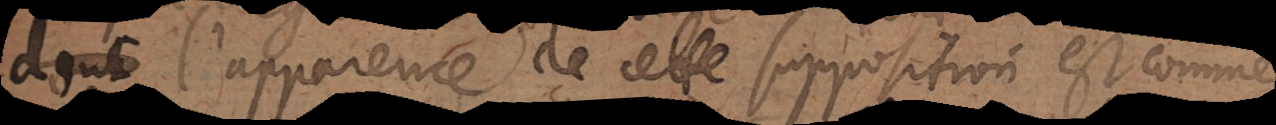
l’apparence de cette supposition est comme